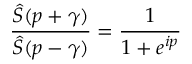
\frac { \hat { S } ( p + \gamma ) } { \hat { S } ( p - \gamma ) } = \frac { 1 } { 1 + e ^ { i p } }